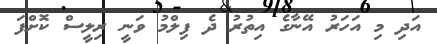
އަދި މި އަހަރު އޭނާގެ އިތުރު ދެ ފިލްމު ވަނީ ރިލީސް ކޮށްފަ